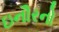
ઇનૌરનો